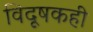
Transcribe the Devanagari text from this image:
विदूषकही